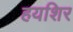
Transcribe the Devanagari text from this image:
हयशिर